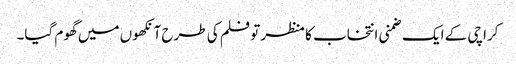
کراچی کے ایک ضمنی انتخاب کا منظر تو فلم کی طرح آنکھوں میں گھوم گیا۔